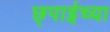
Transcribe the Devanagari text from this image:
छ्पाईच्या